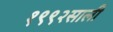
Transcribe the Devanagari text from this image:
१९९२साली